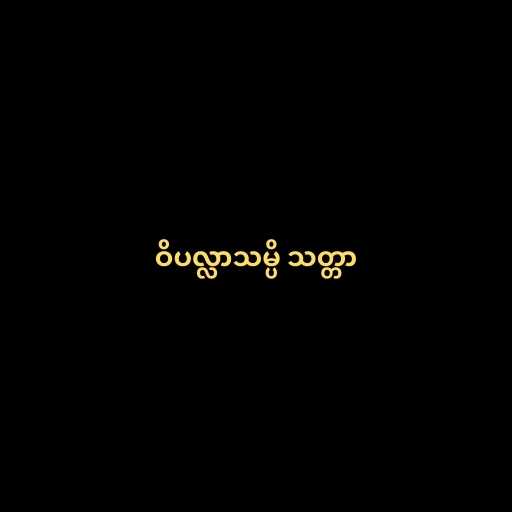
ဝိပလ္လာသမ္ပိ သတ္တာ